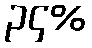
၃၄%